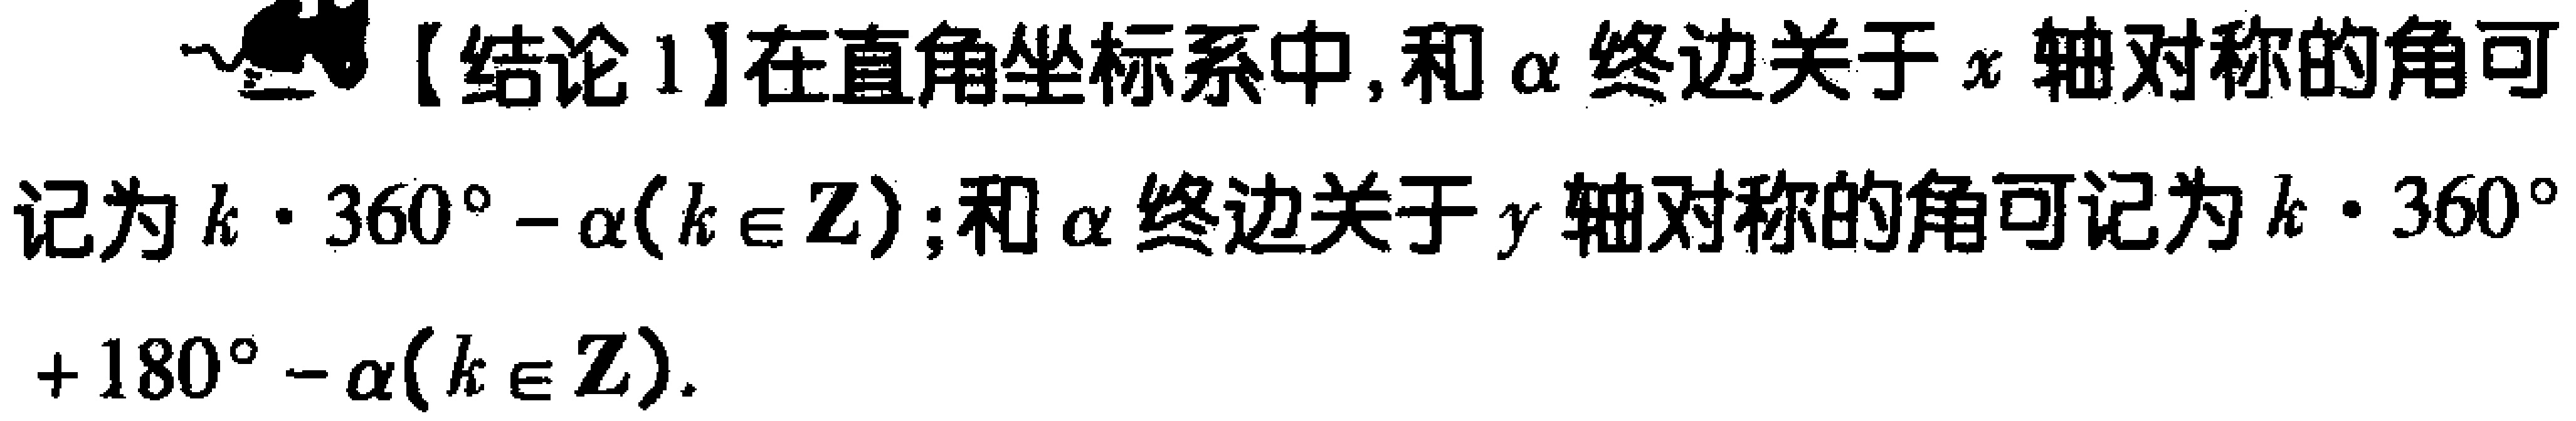
【结论1】在直角坐标系中, 和\(\alpha\)终边关于\(x\)轴对称的角可记为\(k\cdot360^{\circ}-\alpha(k\in\mathbb{Z})\); 和\(\alpha\)终边关于\(y\)轴对称的角可记为\(k\cdot360^{\circ}+180^{\circ}-\alpha(k\in\mathbb{Z})\).